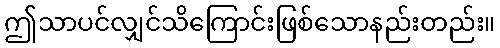
ဤသာပင်လျှင်သိကြောင်းဖြစ်သောနည်းတည်း။